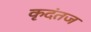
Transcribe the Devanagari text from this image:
कृदंतज